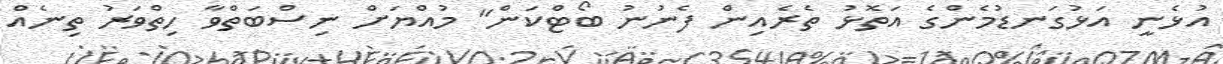
އުޅެނީ އަޅުގަނޑުމެންގެ އަތޮޅު ތެރެއިން ފެނުނު ބޯޓްކަން" މުއްޔަށް ނިސްބަތްވާ ހިތްވަރު ތިނެއް